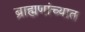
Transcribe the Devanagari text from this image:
ब्राह्मणांच्यात